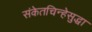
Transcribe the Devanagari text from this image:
संकेतचिन्हेसुद्धा